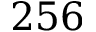
2 5 6